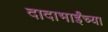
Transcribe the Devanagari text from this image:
दादाभाईंच्या